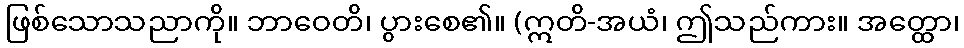
ဖြစ်သောသညာကို။ ဘာဝေတိ၊ ပွားစေ၏။ (ဣတိ-အယံ၊ ဤသည်ကား။ အတ္ထော၊